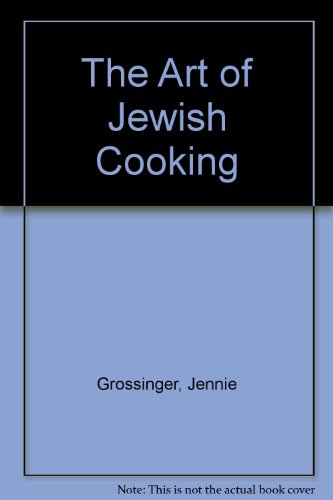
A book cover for The Art of Jewish Cooking; Jennie Grossinger; Cookbooks, Food & Wine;